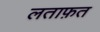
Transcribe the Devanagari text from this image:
लताफ़त